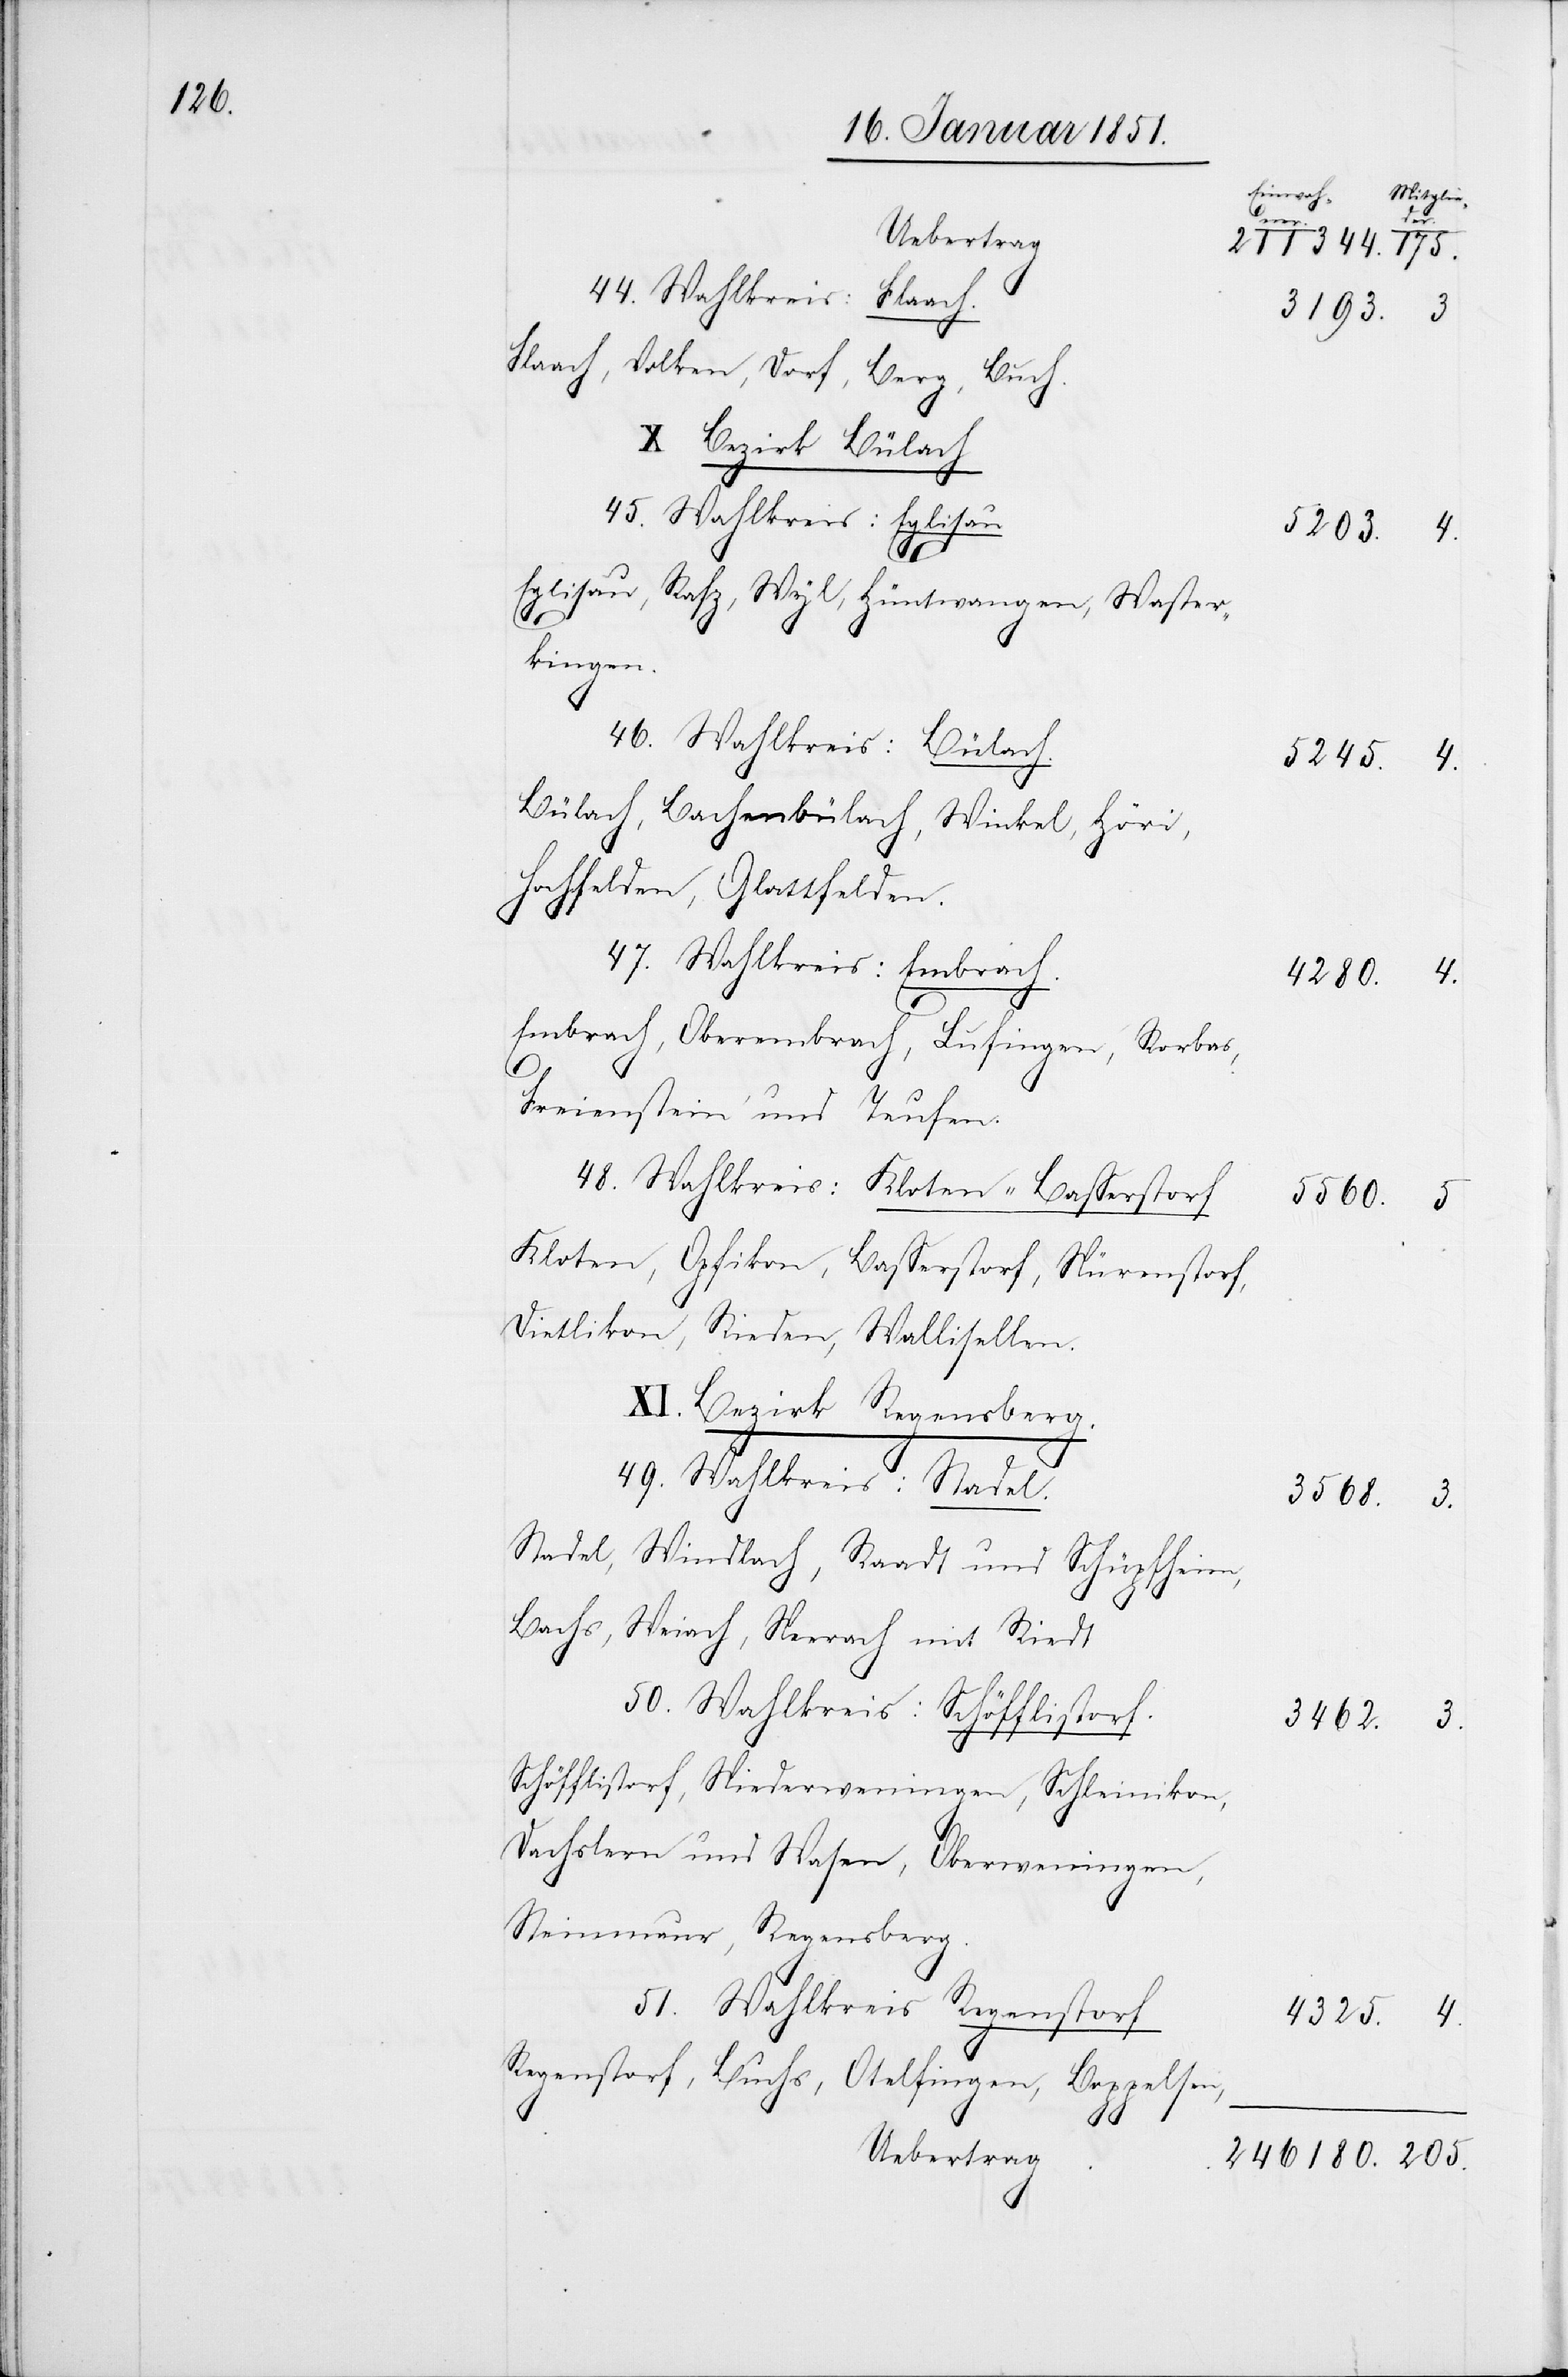
44. Wahlkreis: Flaach.
Flaach, Volken, Dorf, Berg, Buch.
X Bezirk Bülach
45. Wahlkreis: Eglisau
4.
Eglisau, Rafz, Wyl, Hüntwangen, Waster¬
kingen.
46. Wahlkeis:Bülach.
Bülach, Bachenbülach, Winkel, Höri,
Hochfelden, Glattfelden.
47. Wahlkreis: Embrach.
Embrach, Oberembrach, Lufingen, Rorbas,
205.
Freienstein und Teufen.
48. Wahlkreis: Kloten-Basserstorf
Kloten, Opfikon, Basserstorf, Nürenstorf,
Dietlikon, Rieden, Wallisellen.
XI. Bezirk Regensberg.
49. Wahlkreis: Stadel.
Stadel, Windlach, Raadt und Schüpfheim,
Bachs, Weiach, Neerach mit Riedt
50. Wahlkreis:Schöfflistorf.
Schöfflistorf, Niederweningen, Schleinikon,
Dachslern und Wasen, Oberweningen,
Steinmaur, Regensberg.
5
51. Wahlkreis[:] Regenstorf
Regenstorf, Buchs, Otelfingen, Boppelsen,
Uebertrag
4.

Mitglie¬
211344.
3193.
5203.
4280.
5560.
3568.